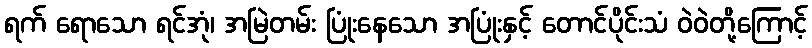
ရက် ရောသော ရင်အုံ၊ အမြဲတမ်း ပြုံးနေသော အပြုံးနှင့် တောင်ပိုင်းသံ ဝဲဝဲတို့ကြောင့်